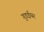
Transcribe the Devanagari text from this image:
गुडईयर